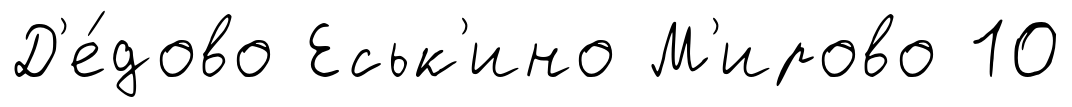
Д'е́дово Еськ'ино М'ирово 10